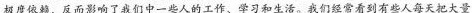
极度依赖，反而影响了我们中一些人的工作、学习和生活。我们经常看到有些人每天把大量